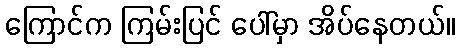
ကြောင်က ကြမ်းပြင် ပေါ်မှာ အိပ်နေတယ်။